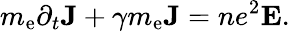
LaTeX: m_{\mathrm{e}}\partial_{t}\textbf{J}+\gamma m_{\mathrm{e}}\textbf{J}=ne^{2}\textbf{E}.